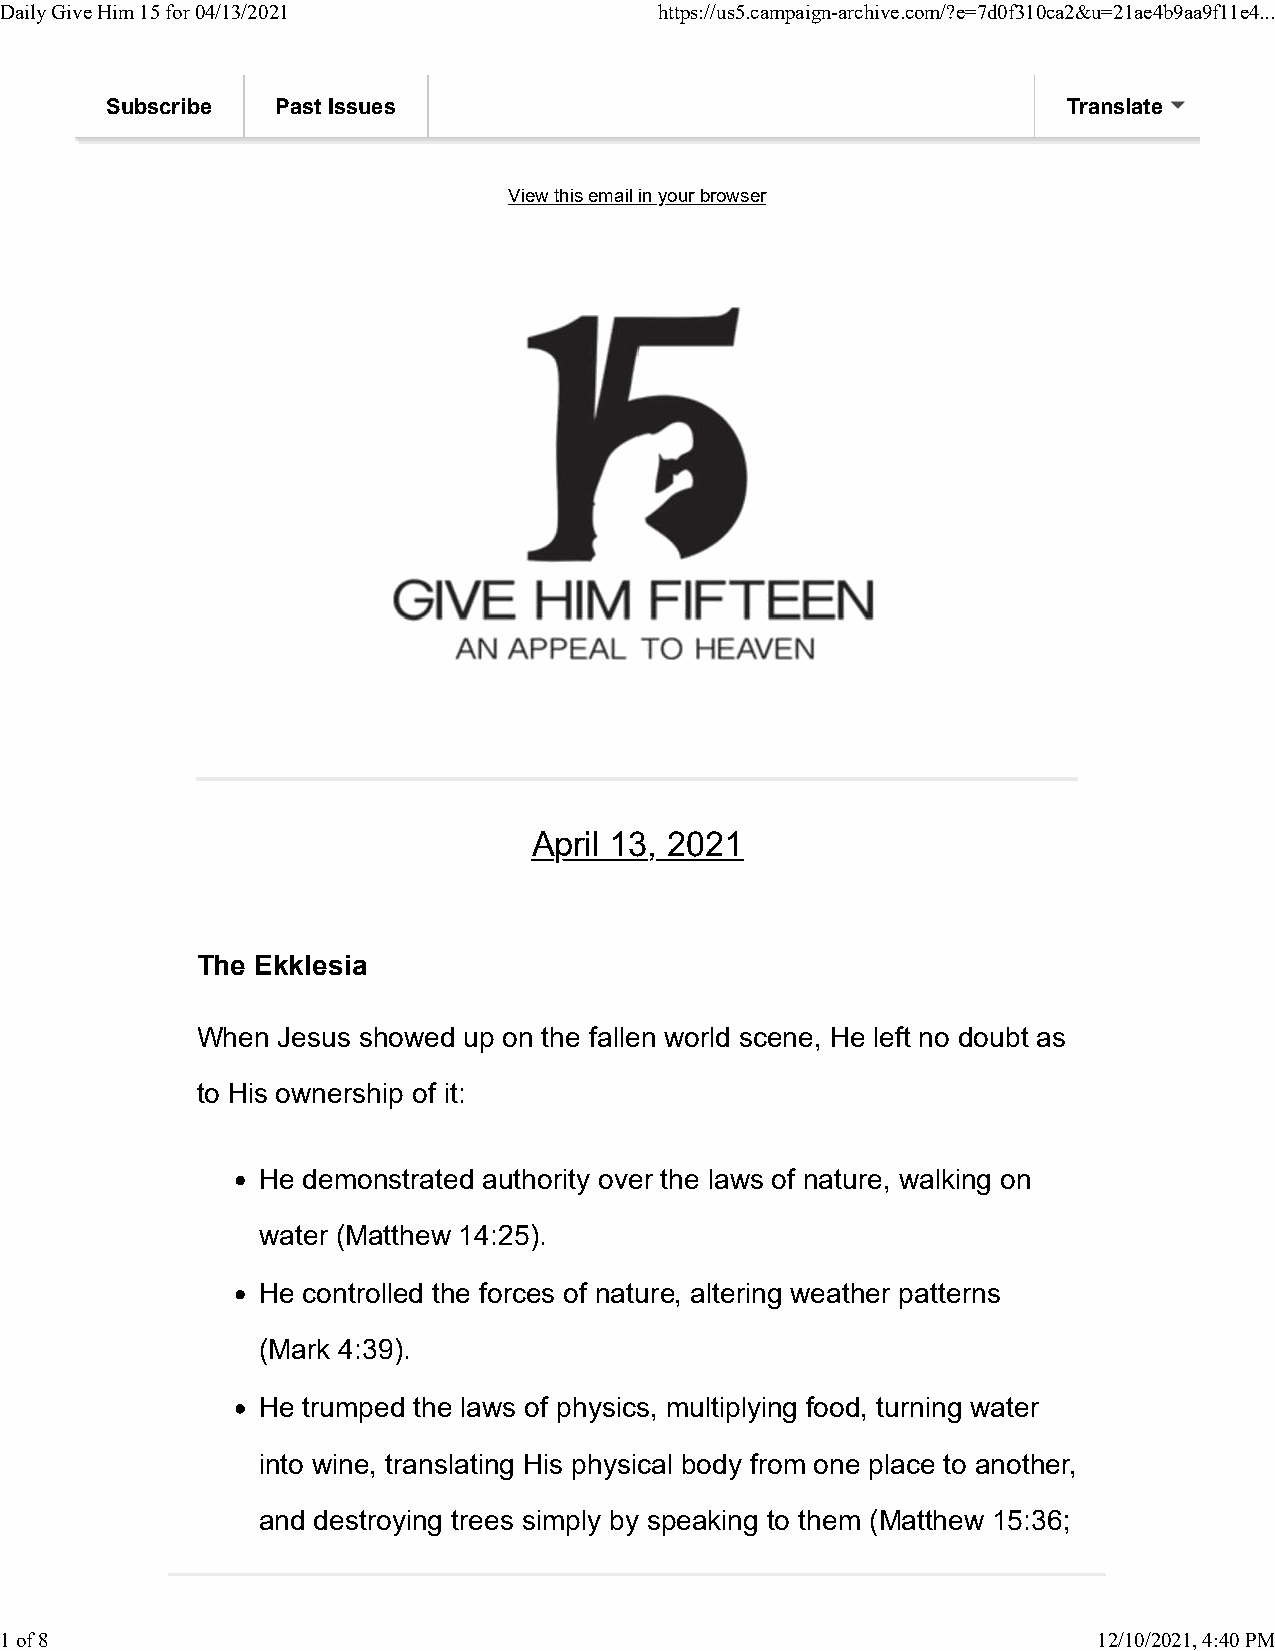
Daily Give Him 15 for 04/13/2021            https://us5.campaign-archive.com/?e=7d0f310ca2&u=21ae4b9aa9f11e4...
 Subscribe  Past Issues                                          Translate
 View this email in your browser
 April 13, 2021
 The Ekklesia
 When Jesus showed up on the fallen world scene, He left no doubt as
 to His ownership of it:
 He demonstrated authority over the laws of nature, walking on
 water (Matthew 14:25).
 He controlled the forces of nature, altering weather patterns
 (Mark 4:39).
 He trumped the laws of physics, multiplying food, turning water
 into wine, translating His physical body from one place to another,
 and destroying trees simply by speaking to them (Matthew 15:36;
 1 of 8                                                                   12/10/2021, 4:40 PM